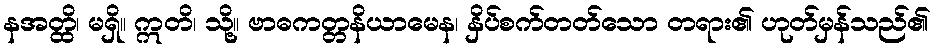
နအတ္ထိ၊ မရှိ။ ဣတိ၊ သို့။ ဗာဓကတ္တနိယာမေန၊ နှိပ်စက်တတ်သော တရား၏ ဟုတ်မှန်သည်၏